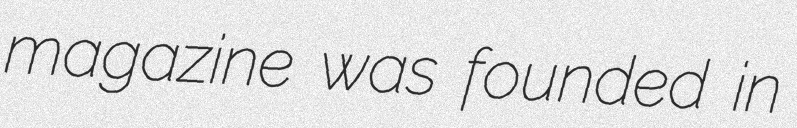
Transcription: magazine was founded in